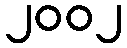
၂၀၀၂